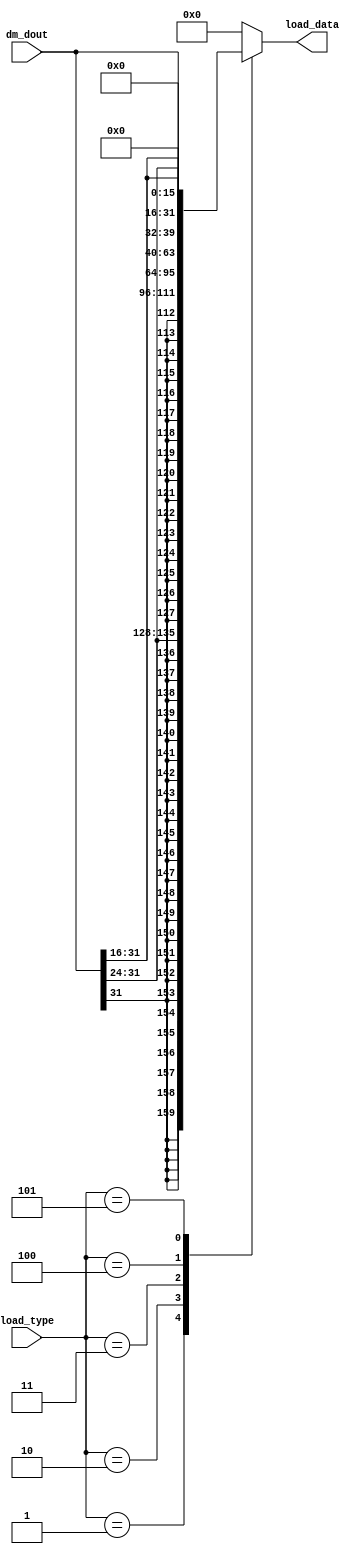
module Load (
    input [31:0] dm_dout,
    input [2:0] load_type,
    output reg [31:0] load_data
);
    always @(*) begin
        case (load_type)
            3'h1: load_data={{24{dm_dout[31]}}, dm_dout[31:24]};    //lb
            3'h2: load_data={{16{dm_dout[31]}}, dm_dout[31:16]};    //lh
            3'h3: load_data=dm_dout;                                //lw
            3'h4: load_data={24'h0, dm_dout[31:24]};                //lbu
            3'h5: load_data={16'h0, dm_dout[31:16]};                //lhu
            default: load_data=32'h0;
        endcase
    end  
endmodule